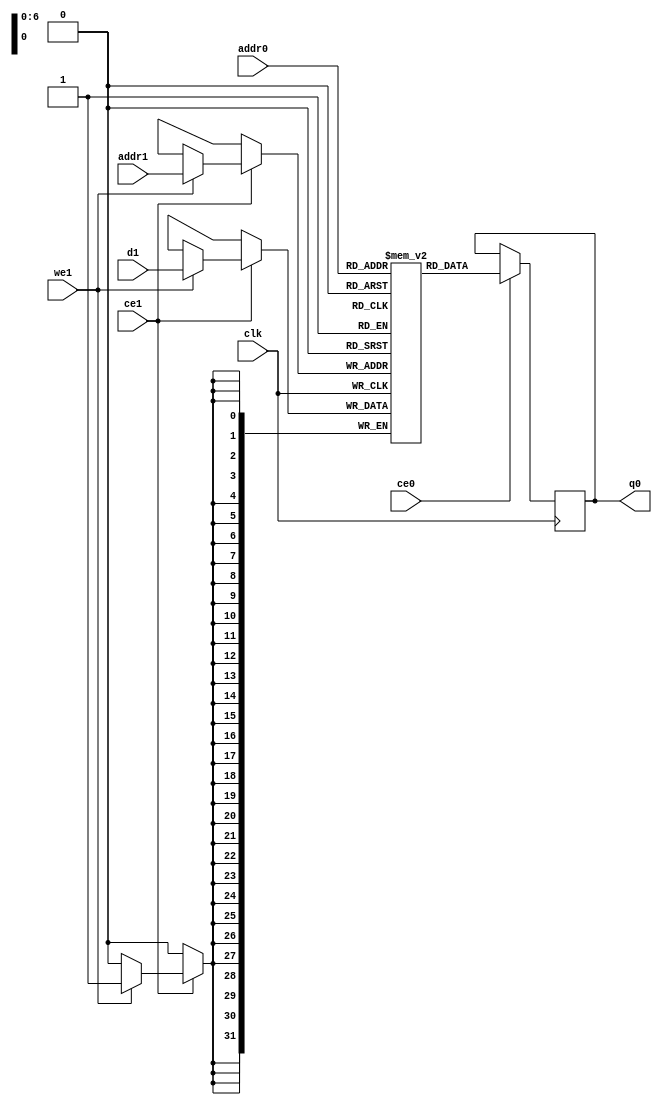
// ==============================================================
// Vivado(TM) HLS - High-Level Synthesis from C, C++ and SystemC v2019.2 (64-bit)
// Copyright 1986-2019 Xilinx, Inc. All Rights Reserved.
// ==============================================================
`timescale 1 ns / 1 ps
module calc_stft_fft_inpg8j_ram (addr0, ce0, q0, addr1, ce1, d1, we1,  clk);

parameter DWIDTH = 32;
parameter AWIDTH = 7;
parameter MEM_SIZE = 128;

input[AWIDTH-1:0] addr0;
input ce0;
output reg[DWIDTH-1:0] q0;
input[AWIDTH-1:0] addr1;
input ce1;
input[DWIDTH-1:0] d1;
input we1;
input clk;

(* ram_style = "distributed" *)reg [DWIDTH-1:0] ram[0:MEM_SIZE-1];




always @(posedge clk)  
begin 
    if (ce0) begin
        q0 <= ram[addr0];
    end
end


always @(posedge clk)  
begin 
    if (ce1) begin
        if (we1) 
            ram[addr1] <= d1; 
    end
end


endmodule

`timescale 1 ns / 1 ps
module calc_stft_fft_inpg8j(
    reset,
    clk,
    address0,
    ce0,
    q0,
    address1,
    ce1,
    we1,
    d1);

parameter DataWidth = 32'd32;
parameter AddressRange = 32'd128;
parameter AddressWidth = 32'd7;
input reset;
input clk;
input[AddressWidth - 1:0] address0;
input ce0;
output[DataWidth - 1:0] q0;
input[AddressWidth - 1:0] address1;
input ce1;
input we1;
input[DataWidth - 1:0] d1;



calc_stft_fft_inpg8j_ram calc_stft_fft_inpg8j_ram_U(
    .clk( clk ),
    .addr0( address0 ),
    .ce0( ce0 ),
    .q0( q0 ),
    .addr1( address1 ),
    .ce1( ce1 ),
    .we1( we1 ),
    .d1( d1 ));

endmodule